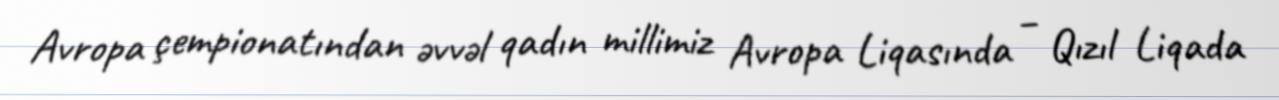
Avropa çempionatından əvvəl qadın millimiz Avropa Liqasında – Qızıl Liqada